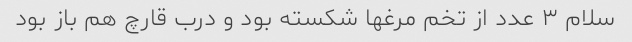
سلام ۳ عدد از تخم مرغها شکسته بود و درب قارچ هم باز بود